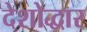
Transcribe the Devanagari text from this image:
देशोद्धार